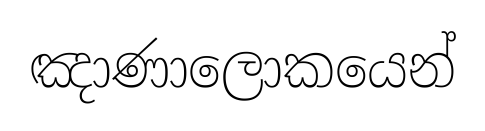
ඤාණාලොකයෙන්